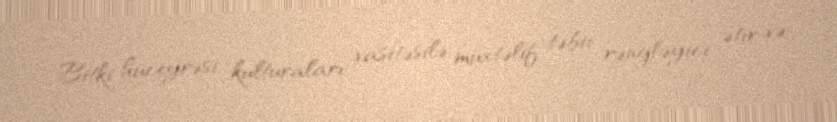
Bitki hüceyrəsi kulturaları vasitəsilə müxtəlif təbii rəngləyici, ətir və